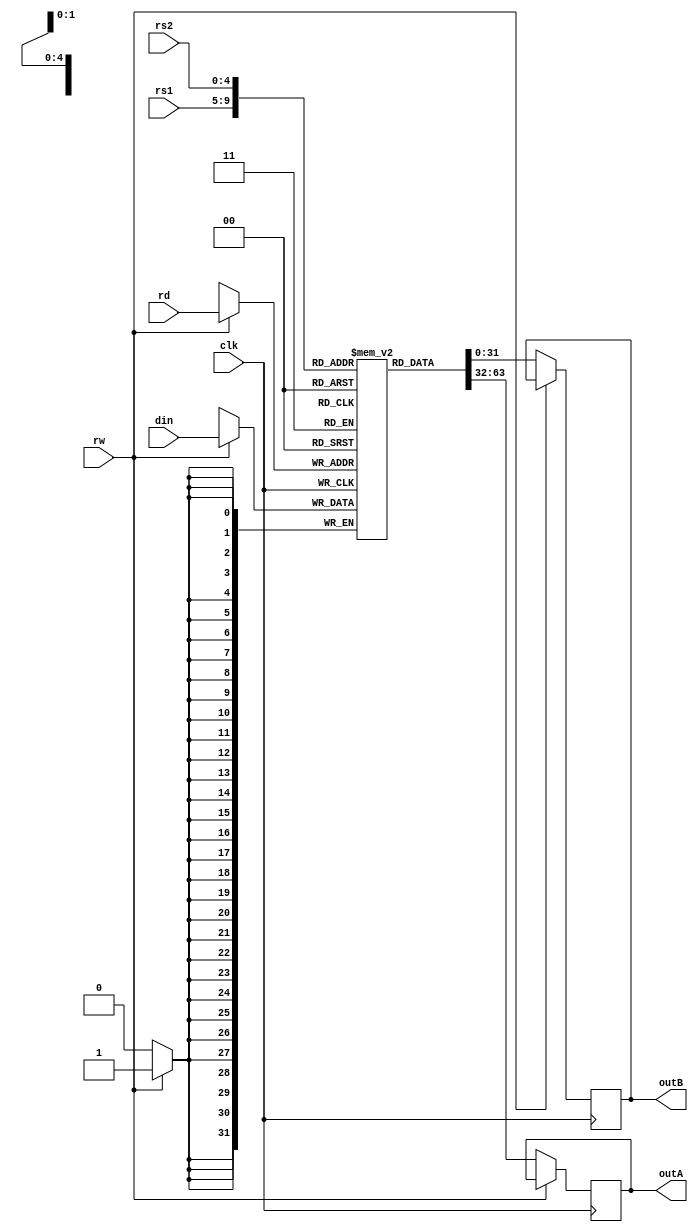
module RegFile(
    input [4:0] rd, rs1, rs2,
    input [31:0] din,
    input rw,
    input clk,
    output reg [31:0] outA, outB
);
    reg [31:0] mem [0:31];

	integer i;
	
	initial
	begin
		for (i=0; i<32; i= i+1)
		begin
			mem[i]  <= 32'd0;
		end
	end

    always @(posedge clk) begin
        if (rw == 1) begin
            mem[rd] <= din;
        end
        else begin
            outA <= mem[rs1];
            outB <= mem[rs2];
        end
    end
endmodule